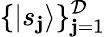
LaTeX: \{ |s_{\mathbf{j}}\rangle\} _{\mathbf{j}=1}^{\mathcal{{D}}}